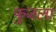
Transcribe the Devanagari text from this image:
फुजला